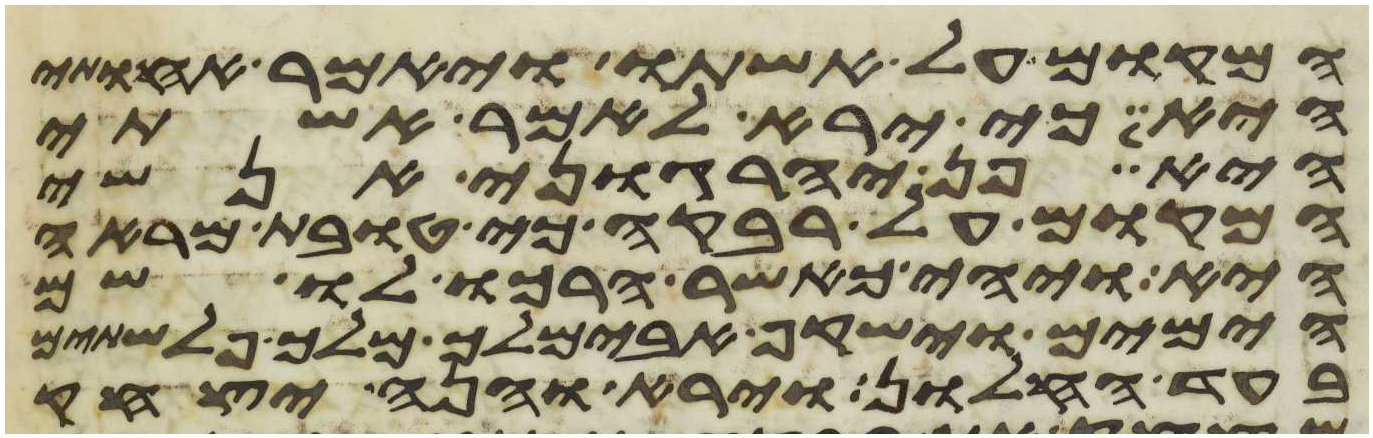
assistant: המקום על אשתו ויאמר אחותי
היא כי ירא לאמר אשתי
היא פן יהרגוני אנשי
המקום על רבקה כי טובת מראה
היא ויהי כאשר הרכו לו שם
הימים וישקף אבימלך מלך פלשתים
בעד החלון וירא והנה יצחק